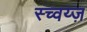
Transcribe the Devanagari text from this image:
स्च्वय्ज़